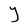
Character: Y